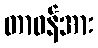
တာဝန်အား